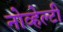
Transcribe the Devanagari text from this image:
नोव्हेल्टी